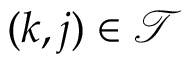
( k , j ) \in \mathcal { T }